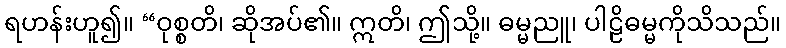
ရဟန်းဟူ၍။ “ဝုစ္စတိ၊ ဆိုအပ်၏။ ဣတိ၊ ဤသို့။ ဓမ္မညူ၊ ပါဠိဓမ္မကိုသိသည်။